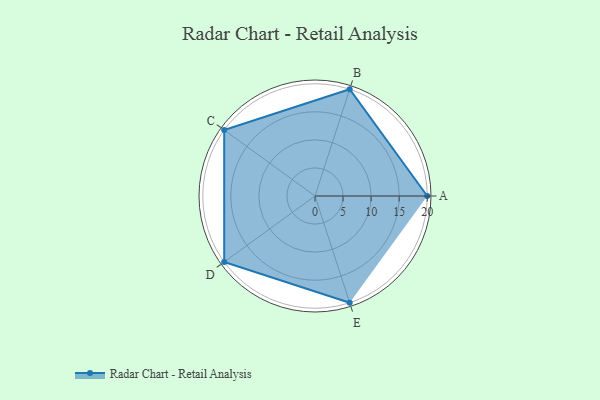
{"axis": {"x": "Skill", "y": "Score"}, "legend": ["Profile"], "data": [{"x": "A", "y": 20, "type": "Profile"}, {"x": "B", "y": 20, "type": "Profile"}, {"x": "C", "y": 20, "type": "Profile"}, {"x": "D", "y": 20, "type": "Profile"}, {"x": "E", "y": 20, "type": "Profile"}]}